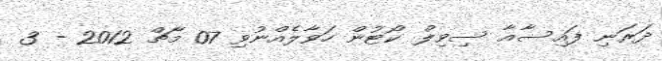
ދަރަނި ފައިސާއާ ސިވިލް ކޯޓުން ހަވާލެއްނުވި 07 މާޗް 2012 - 3